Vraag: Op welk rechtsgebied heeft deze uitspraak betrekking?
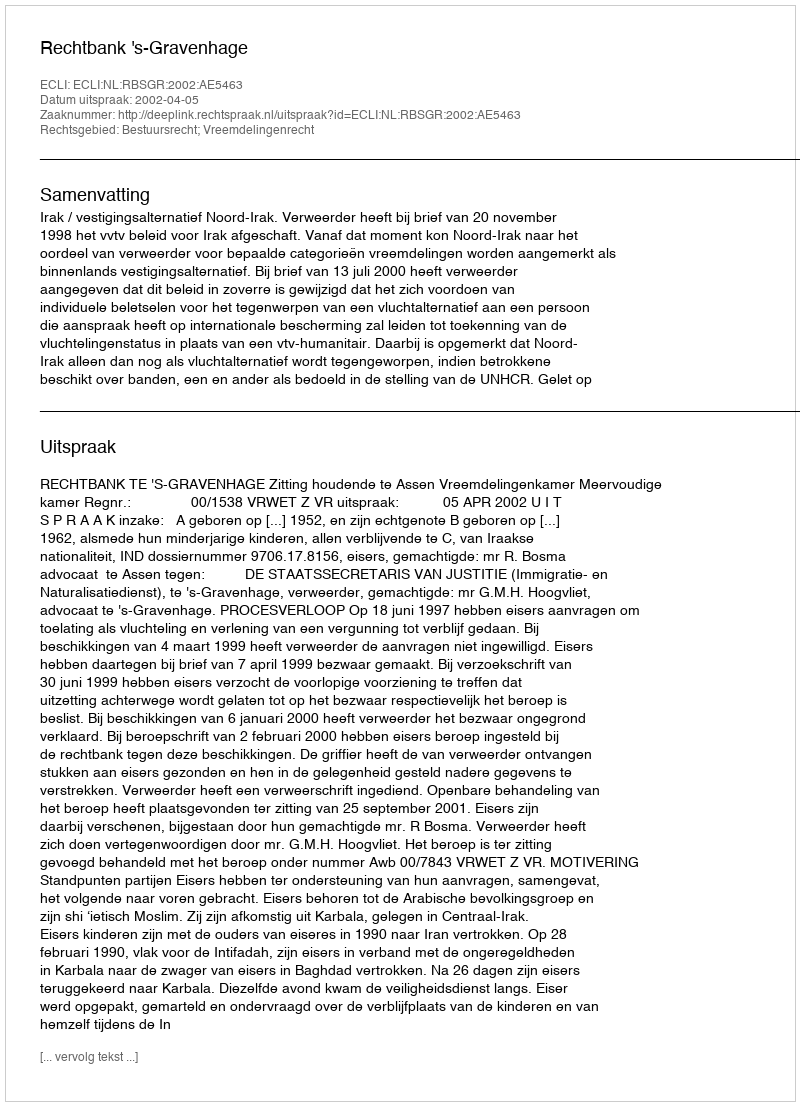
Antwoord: Bestuursrecht; Vreemdelingenrecht